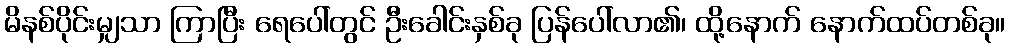
မိနစ်ပိုင်းမျှသာ ကြာပြီး ရေပေါ်တွင် ဦးခေါင်းနှစ်ခု ပြန်ပေါ်လာ၏၊ ထို့နောက် နောက်ထပ်တစ်ခု။